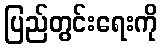
ပြည်တွင်းရေးကို